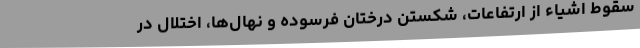
سقوط اشیاء از ارتفاعات، شکستن درختان فرسوده و نهال‌ها، اختلال در